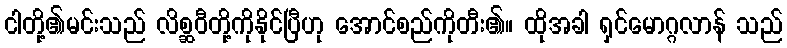
ငါတို့၏မင်းသည် လိစ္ဆဝီတို့ကိုနိုင်ပြီဟု အောင်စည်ကိုတီး၏။ ထိုအခါ ရှင်မောဂ္ဂလာန် သည်